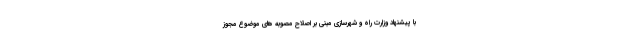
با پیشنهاد وزارت راه و شهرسازی مبنی بر اصلاح مصوبه های موضوع مجوز